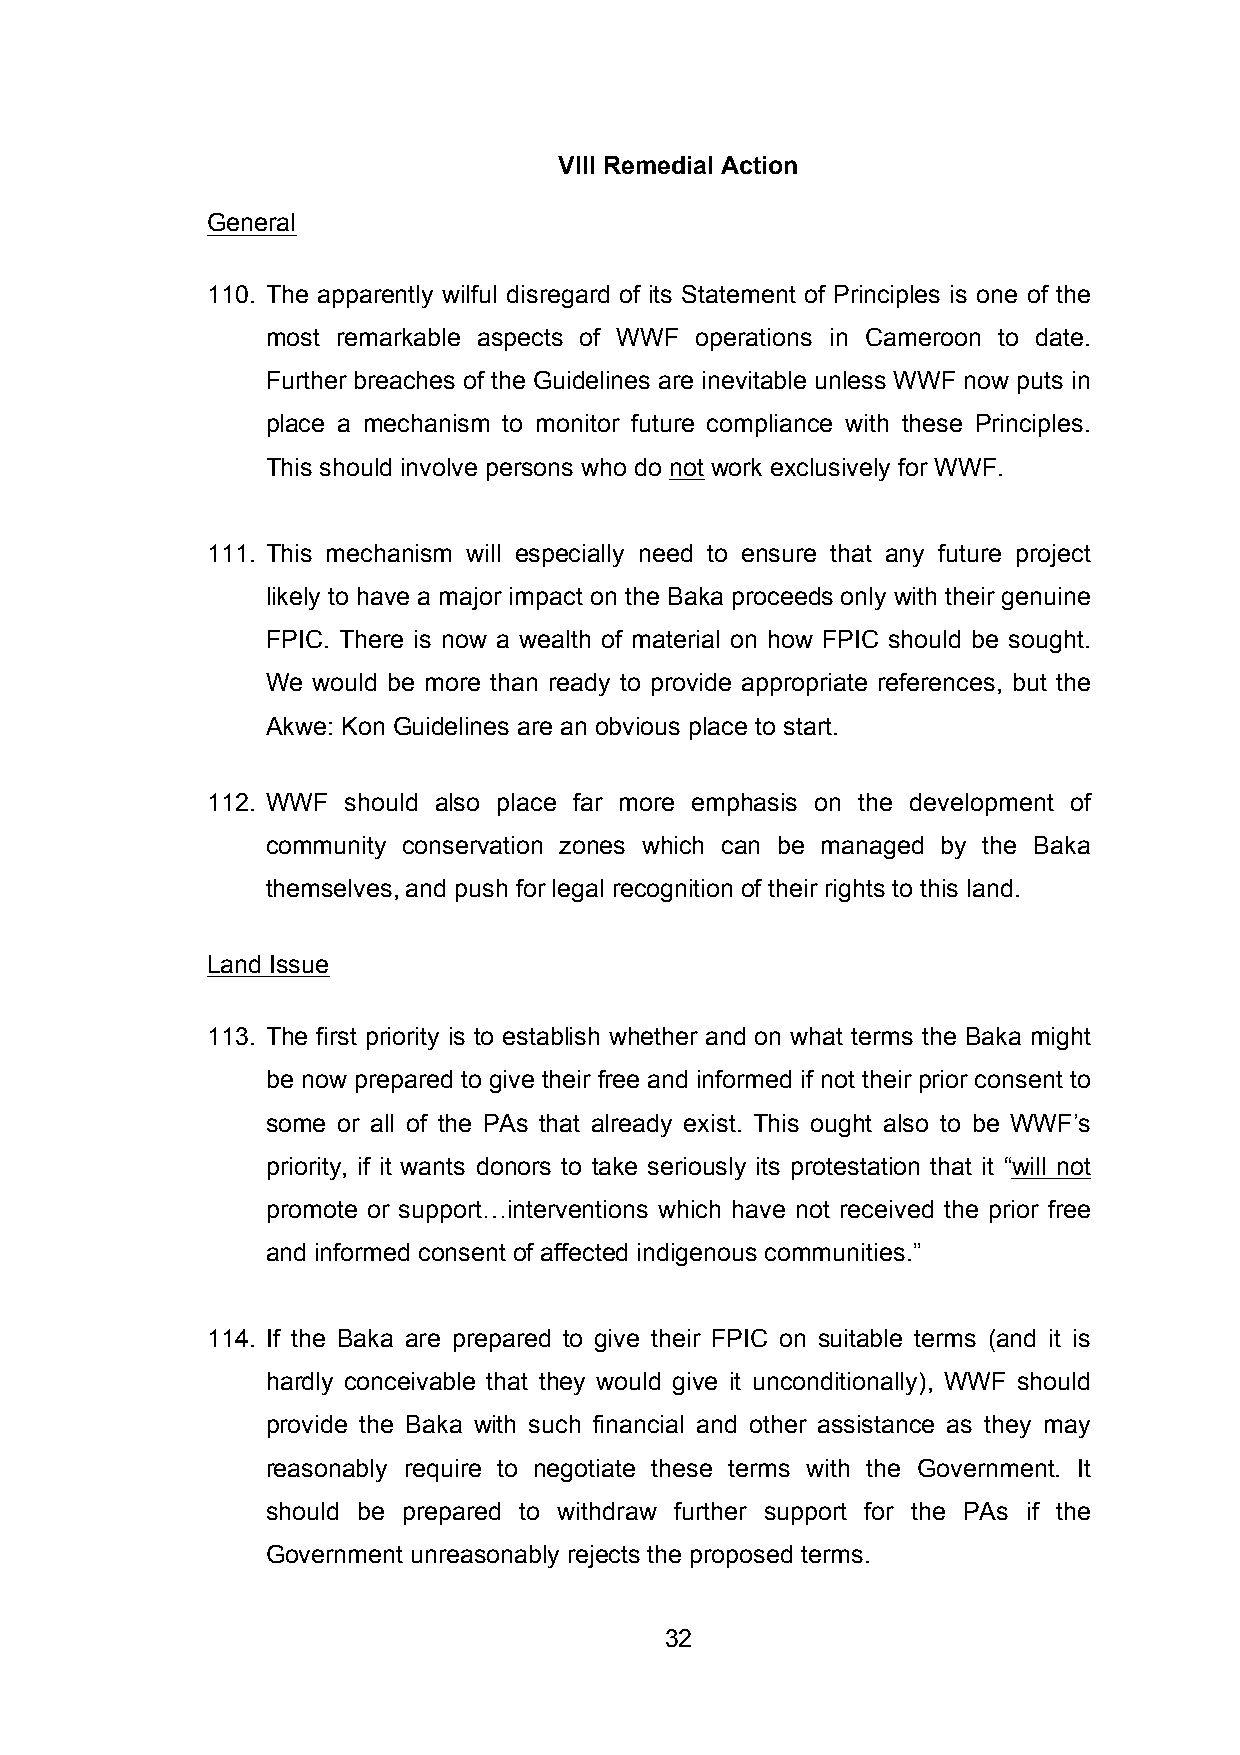
VIII Remedial Action
 General
 110. The apparently wilful disregard of its Statement of Principles is one of the
 most remarkable aspects of WWF operations in Cameroon to date.
 Further breaches of the Guidelines are inevitable unless WWF now puts in
 place a mechanism to monitor future compliance with these Principles.
 This should involve persons who do not work exclusively for WWF.
 111. This mechanism will especially need to ensure that any future project
 likely to have a major impact on the Baka proceeds only with their genuine
 FPIC. There is now a wealth of material on how FPIC should be sought.
 We would be more than ready to provide appropriate references, but the
 Akwe: Kon Guidelines are an obvious place to start.
 112. WWF should also place far more emphasis on the development of
 community conservation zones which can be managed by the Baka
 themselves, and push for legal recognition of their rights to this land.
 Land Issue
 113. The first priority is to establish whether and on what terms the Baka might
 be now prepared to give their free and informed if not their prior consent to
 some or all of the PAs that already exist. This ought also to be WWF’s
 priority, if it wants donors to take seriously its protestation that it “will not
 promote or support…interventions which have not received the prior free
 and informed consent of affected indigenous communities.”
 114. If the Baka are prepared to give their FPIC on suitable terms (and it is
 hardly conceivable that they would give it unconditionally), WWF should
 provide the Baka with such financial and other assistance as they may
 reasonably require to negotiate these terms with the Government. It
 should be prepared to withdraw further support for the PAs if the
 Government unreasonably rejects the proposed terms.
 32